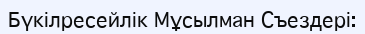
Бүкілресейлік Мұсылман Съездері: